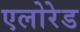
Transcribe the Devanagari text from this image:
एलोरेड